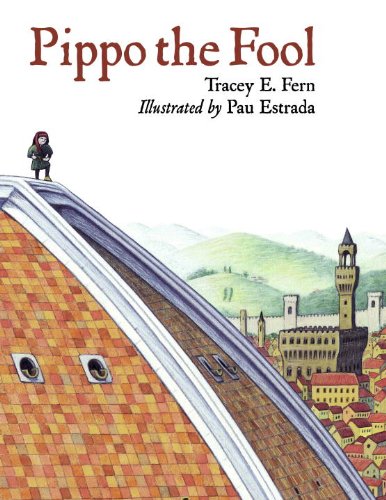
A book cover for Pippo the Fool (Junior Library Guild Selection); Tracy E. Fern; Children's Books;